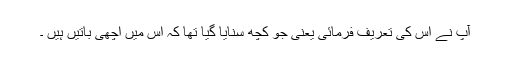
آپؐ نے اس کی تعریف فرمائی یعنی جو کچھ سنایا گیا تھا کہ اس میں اچھی باتیں ہیں ۔